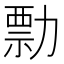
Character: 勡